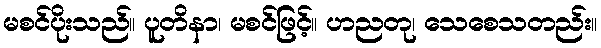
မစင်ပိုးသည်။ ပူတိနာ၊ မစင်ဖြင့်။ ဟညတု၊ သေစေသတည်း။